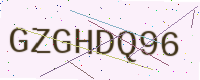
Text: GZGHDQ96